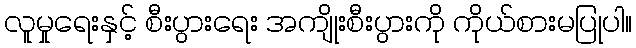
လူမှုရေးနှင့် စီးပွားရေး အကျိုးစီးပွားကို ကိုယ်စားမပြုပါ။